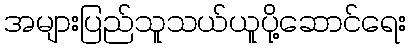
အများပြည်သူသယ်ယူပို့ဆောင်ရေး